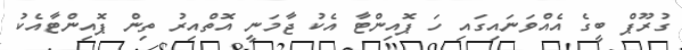
ގުރޫޕް ބީގެ އެއްވަނައިގައި ހަ ޕޮއިންޓާ އެކު ޖާމަނީ އޮތްއިރު ތިން ޕޮއިންޓާއެކު